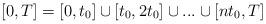
LaTeX: \begin{align*}[0,T]=[0,t_0]\cup[t_0,2t_0]\cup...\cup[nt_0,T]\end{align*}